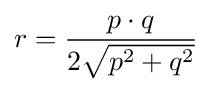
r={\frac {p\cdot q}{2{\sqrt {p^{2}+q^{2}}}}}